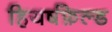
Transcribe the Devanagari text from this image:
हियर्षफ़ेल्ड